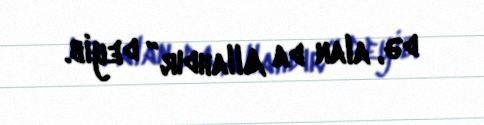
də, alan da Allahdır” deyib.